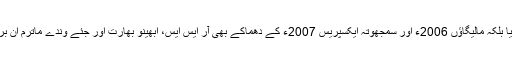
اس میں انھوں نے صرف ان دو دھماکوں میں ہی ملوث ہونا تسلیم نہیں کیا بلکہ مالیگاؤں 2006ء اور سمجھوتہ ایکسپریس 2007ء کے دھماکے بھی آر ایس ایس، ابھینو بھارت اور جئے وندے ماترم ان برہم نواز تنظیموں نے ہی کئے، ایسا حلفیہ بیان معزز جج کے روبرو دیا۔